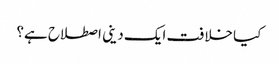
کیا خلافت ایک دینی اصطلاح ہے؟